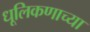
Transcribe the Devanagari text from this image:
धूलिकणाच्या